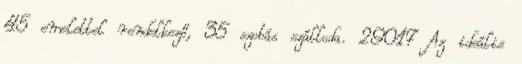
45 emelettel rendelkező, 35 szobás szálloda. 29017 Az ideális